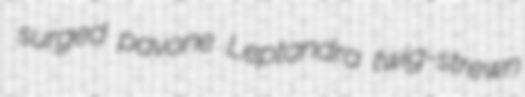
surged pavone Leptandra twig-strewn